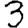
Digit: 3